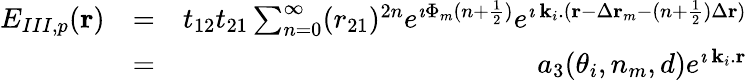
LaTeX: \begin{array}{rlr}{E_{III,p}({\mathbf r})}&{=}&{t_{12}t_{21}\sum_{n=0}^{\infty}(r_{21})^{2n}e^{\imath\Phi_{m}(n+\frac{1}{2})}e^{\imath\, {\mathbf k_{i}}.({\mathbf r}-\Delta{\mathbf r}_{m}-(n+\frac{1}{2})\Delta{\mathbf r})}}\\ &{=}&{a_{3}(\theta_{i},n_{m},d)e^{\imath\, {\mathbf k_{i}}.{\mathbf r}}}\end{array}